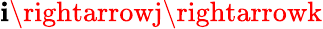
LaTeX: \mathbf{i}\rightarrowj\rightarrowk